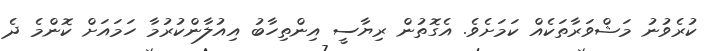
ކުރެވުނު މަޝްވަރާތަކެއް ކަމަށެވެ. އެގޮތުން ރިޔާސީ އިންތިހާބު އިއުލާންކުރުމާ ހަމައަށް ކޮންމެ ދެ